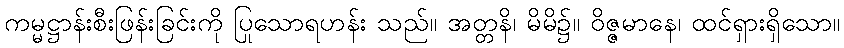
ကမ္မဋ္ဌာန်းစီးဖြန်းခြင်းကို ပြုသောရဟန်း သည်။ အတ္တနိ၊ မိမိ၌။ ဝိဇ္ဇမာနေ၊ ထင်ရှားရှိသော။